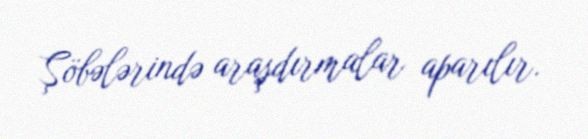
Şöbələrində araşdırmalar aparılır.